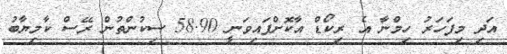
އަދި މިފަހަރު ހިމްނާ އެ ރިކޯޑް އާކޮށްފައިވަނީ 58.90 ސިކުންތުން ރޭސް ކާމިޔާބު